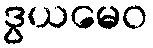
ဒွယမေဝ